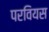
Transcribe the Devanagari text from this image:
परवियस